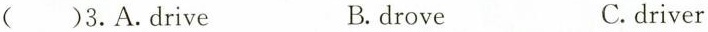
( )3.A.Drive B.drove C.driver